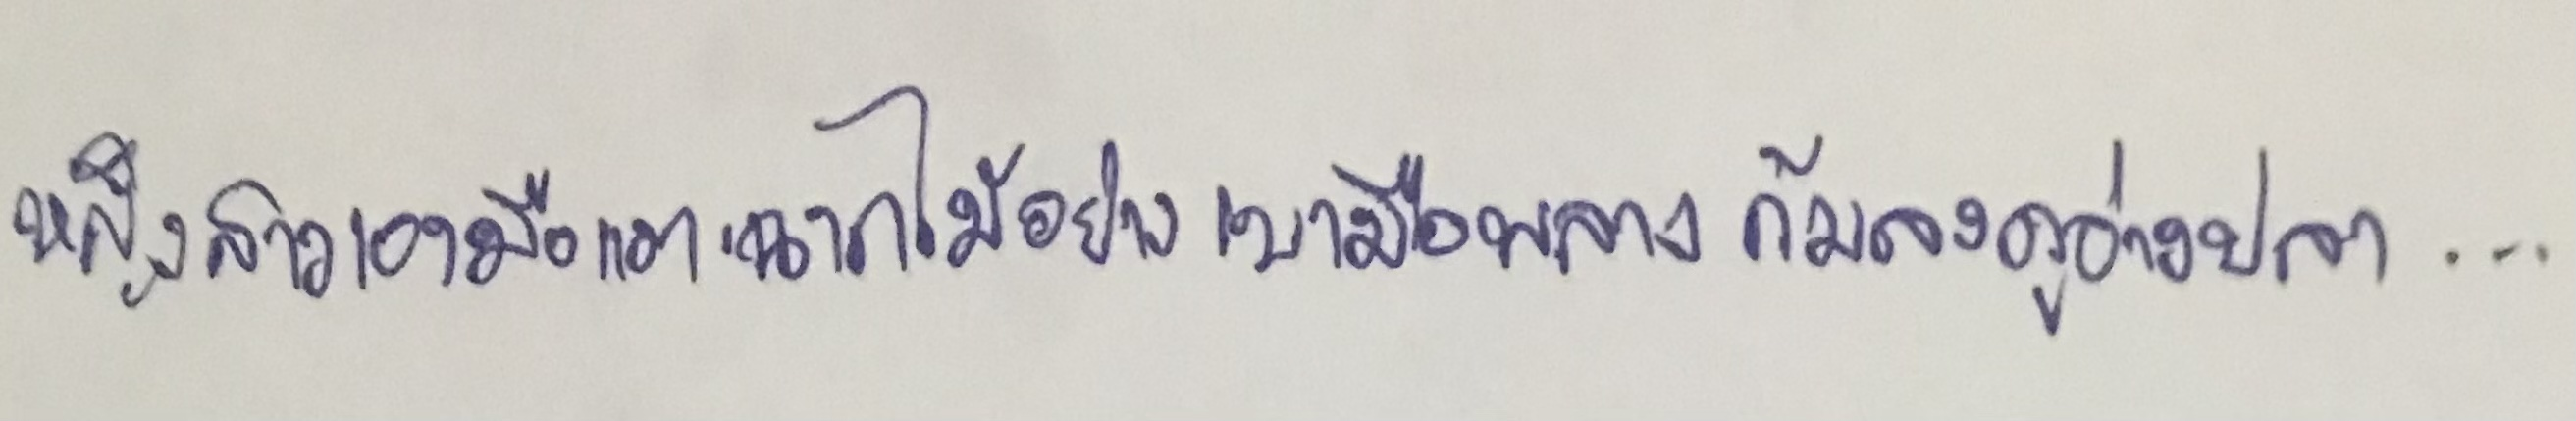
หญิงสาวเอามือแตะฉากไม้อย่างเบามือพลางก้มลงดูอ่างปลา....